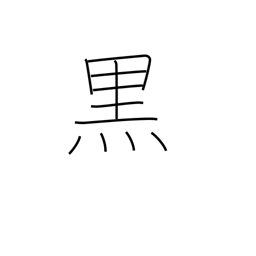
Meaning: black